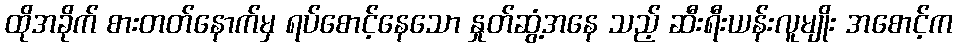
ထိုအခိုက် စားတတ်နောက်မှ ရပ်စောင့်နေသော နှုတ်ဆွံ့အနေ သည့် ဆီးရီးယန်းလူမျိုး အစောင့်က